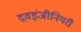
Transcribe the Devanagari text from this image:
द्रवइंजीनियरी